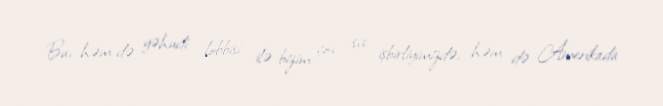
Bu, həm də yəhudi lobbisi ilə bizim çox sıx işbirliyimizdə, həm də Amerikada